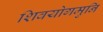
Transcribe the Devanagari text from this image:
शिवयोगमुनि